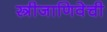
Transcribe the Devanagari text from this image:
स्त्रीजाणिवेची